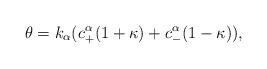
LaTeX: \begin{align*}\theta=k_\alpha(c_+^{\alpha}(1+\kappa)+c_{-}^{\alpha}(1-\kappa)),\end{align*}